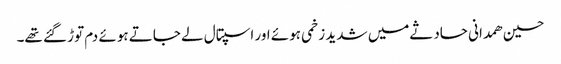
حسین ھمدانی حادثےمیں شدید زخمی ہوئے اور اسپتال لے جاتے ہوئے دم توڑ گئے تھے۔